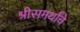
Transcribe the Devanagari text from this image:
श्रीसमर्थांचे